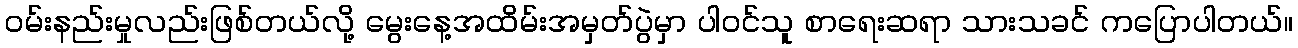
ဝမ်းနည်းမှုလည်းဖြစ်တယ်လို့ မွေးနေ့အထိမ်းအမှတ်ပွဲမှာ ပါဝင်သူ စာရေးဆရာ သားသခင် ကပြောပါတယ်။